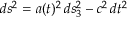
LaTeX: d s ^ { 2 } = a ( t ) ^ { 2 } \, d s _ { 3 } ^ { 2 } - c ^ { 2 } \, d t ^ { 2 }